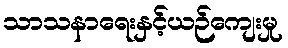
သာသနာရေးနှင့်ယဉ်ကျေးမှု